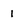
Character: 1